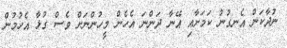
ނުދާކަން އެނގުނު ކަމަށާއި އޭނާ ދަންނަ އެހެން މީހުންނަށް ވެސް ގުޅާ އެހުމުން